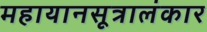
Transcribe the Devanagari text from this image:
महायानसूत्रालंकार